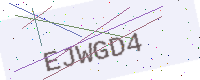
Text: EJWGD4